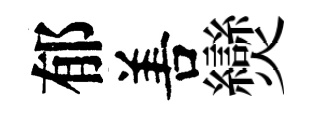
郁𠵊𤓖